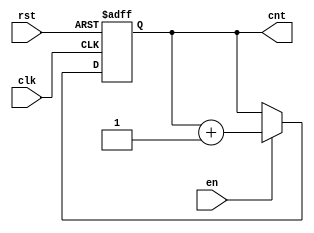
module up_counter (
    input wire clk,    // Clock input
    input wire en,     // Enable signal
    input wire rst,    // Asynchronous reset
    output reg [3:0] cnt // 4-bit counter output
);

    // Asynchronous reset and counting on clock's rising edge
    always @(posedge clk or posedge rst) begin
        if (rst) begin
            cnt <= 4'b0000; // Reset counter to zero
        end else if (en) begin
            cnt <= cnt + 1; // Increment counter
        end
        // If enable is low, do nothing (retain current value)
    end

endmodule